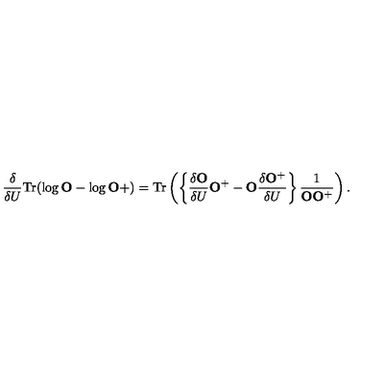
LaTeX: \frac { \delta } { \delta U } \mathrm { T r } ( \log { \bf O } - \log { \bf O } + ) = \mathrm { T r } \left( \left\{ \frac { \delta { \bf O } } { \delta U } { \bf O } ^ { + } - { \bf O } \frac { \delta { \bf O } ^ { + } } { \delta U } \right\} \frac { 1 } { { \bf O } { \bf O } ^ { + } } \right) .